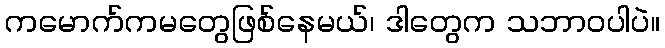
ကမောက်ကမတွေဖြစ်နေမယ်၊ ဒါတွေက သဘာဝပါပဲ။